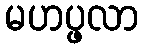
မဟပ္ဖလာ